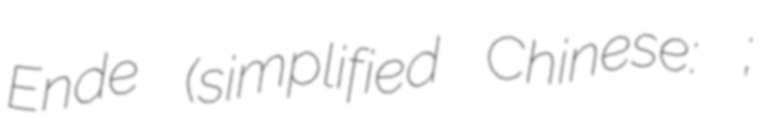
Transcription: Ende (simplified Chinese: 谭恩德;